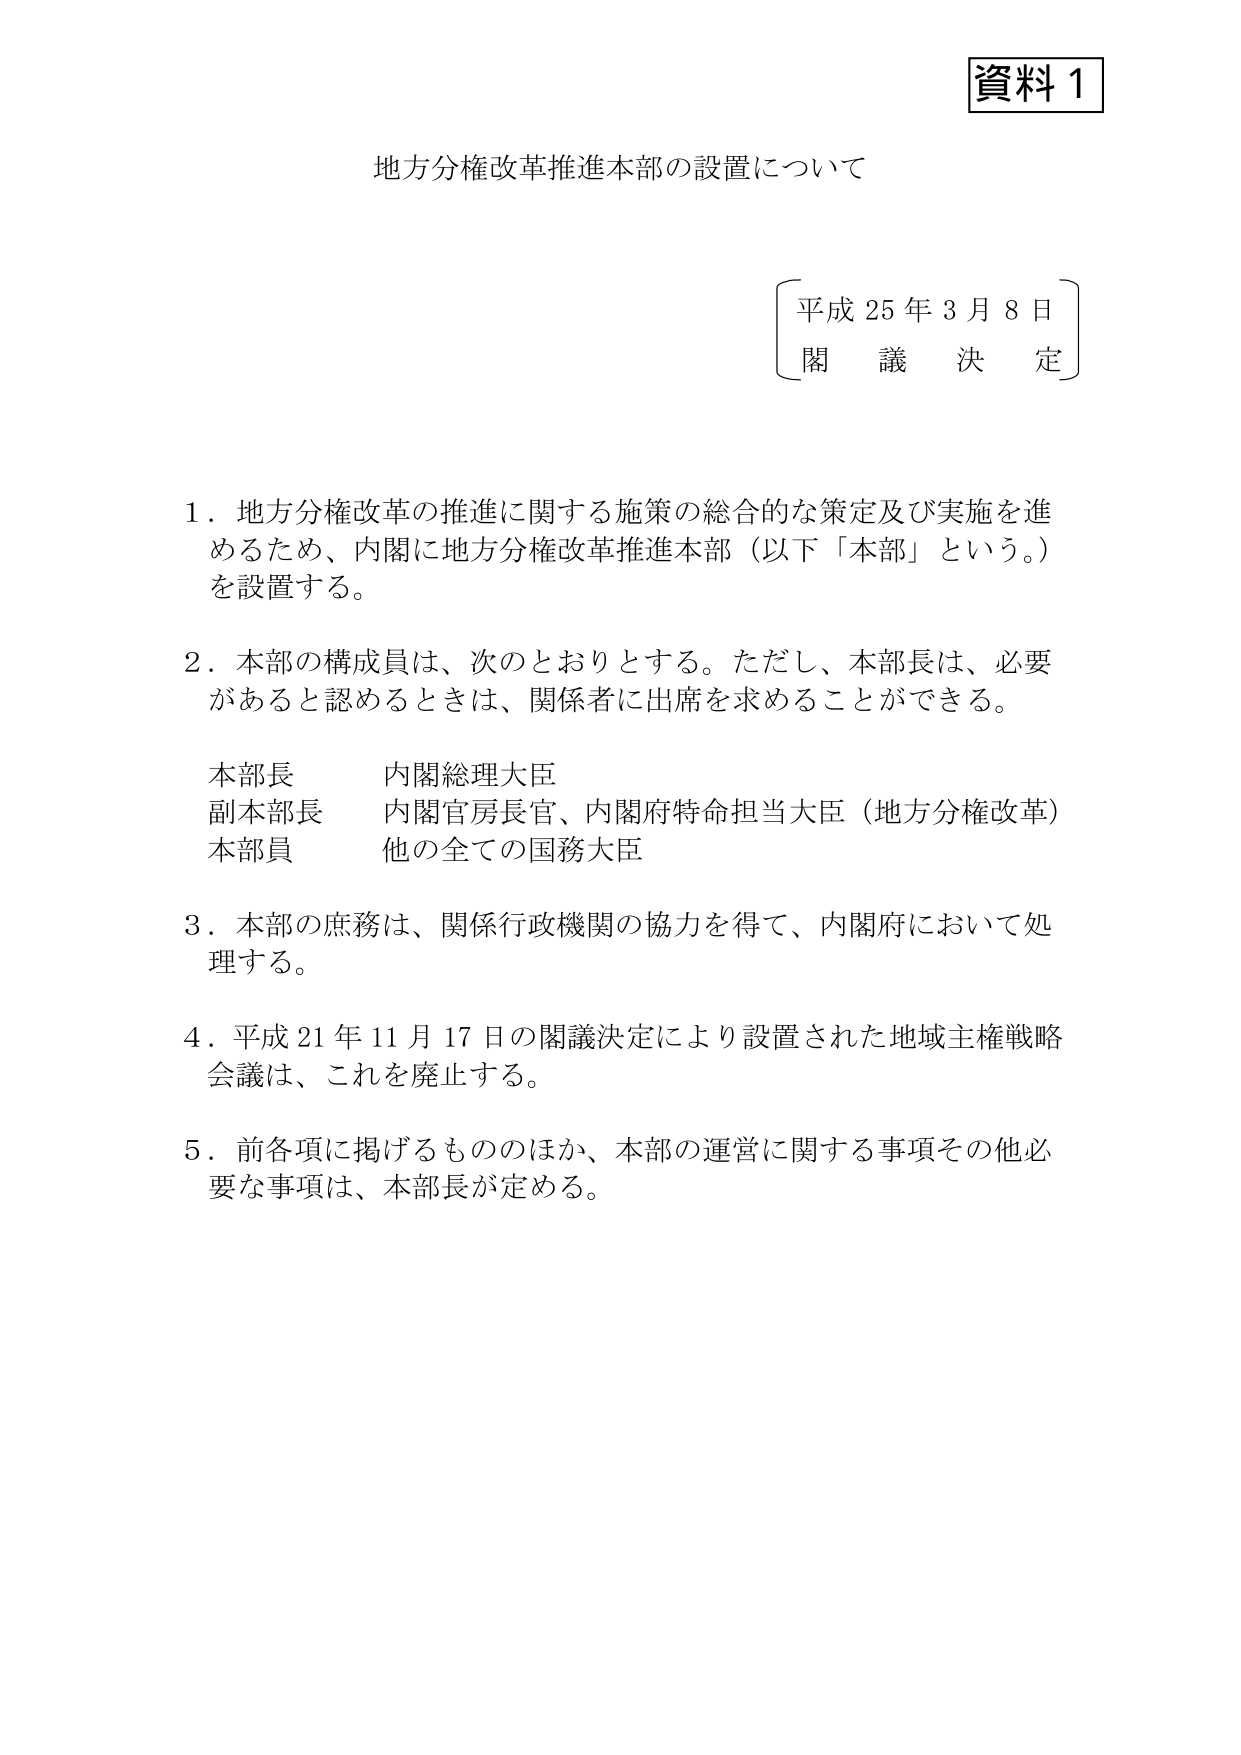
資料１

地方分権改革推進本部の設置について

平成25年3月8日
閣議決定

１．地方分権改革の推進に関する施策の総合的な策定及び実施を進めるため、内閣に地方分権改革推進本部（以下「本部」という。）を設置する。

２．本部の構成員は、次のとおりとする。ただし、本部長は、必要があると認めるときは、関係者に出席を求めることができる。

本部長　内閣総理大臣
副本部長　内閣官房長官、内閣府特命担当大臣（地方分権改革）
本部員　他の全ての国務大臣

３．本部の庶務は、関係行政機関の協力を得て、内閣府において処理する。

４．平成21年11月17日の閣議決定により設置された地域主権戦略会議は、これを廃止する。

５．前各項に掲げるもののほか、本部の運営に関する事項その他必要な事項は、本部長が定める。